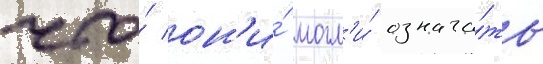
что́ он'и́ могл'и́ означа́ть